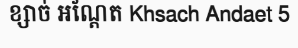
ខ្សាច់ អណ្តែត Khsach Andaet 5